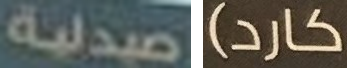
صيدلية كارد)